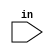
module hex_segment(input in);

//input reg[0:3] in;

always
begin
	
end

endmodule